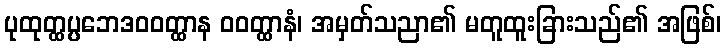
ပုထုတ္ထပ္ပဘေဒဝဝတ္ထာန ဝဝတ္ထာနံ၊ အမှတ်သညာ၏ မတူထူးခြားသည်၏ အဖြစ်၊